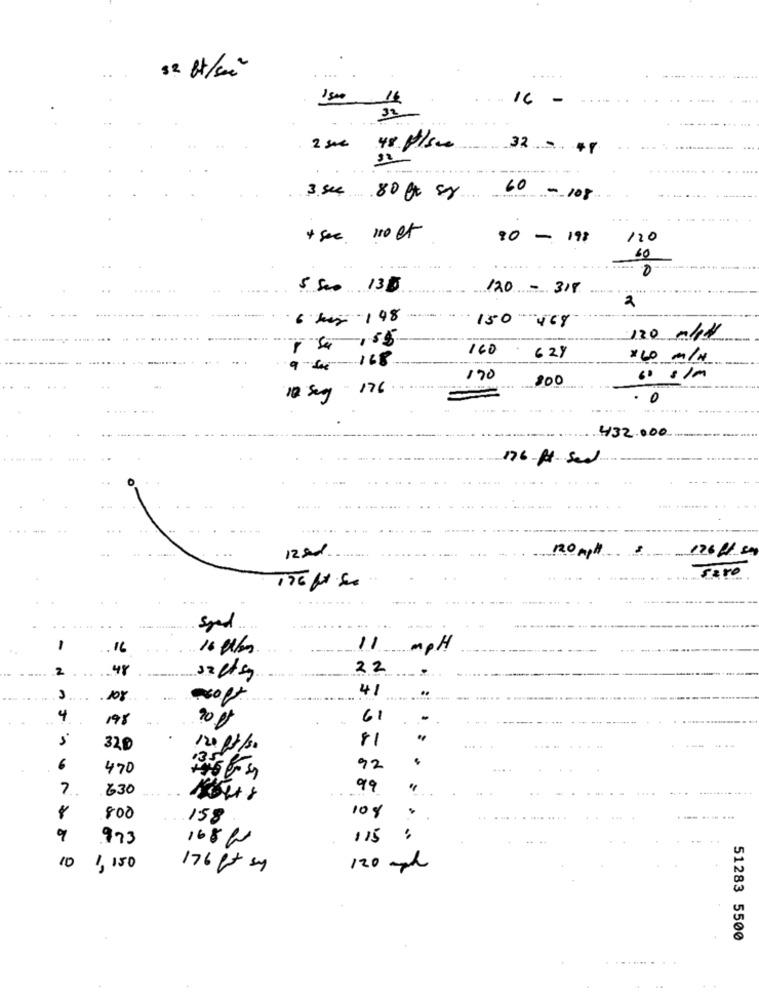
...
82 H/sec
....
14
16
-
2 ste
48 p/see
32= 48
60
3 sec .80 ft sr
+ see 110 et
80- 198
120
......
0
..
5 500 130
120 - 318
...... . .. ...
2
6 kis 198
150-408
130 m/11
160
9 64- 168
62%
×60 m/H
170
200
- 176
10 seg
0
432.000
....
.... .
176-p sed
12ed.
176 / s
sero
.. ..
sped ...
-
16
16 Abs
11
mpH
2
48
22
41
.108
-off
4
198
61
81
32D
120 12/30
... .
6
470
92
630
99
"
--
.
800
158
10%
....
9
973
16860
115
10
1,150
176 px sy
120 mph
51283 5500